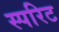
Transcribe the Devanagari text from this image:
स्परिट